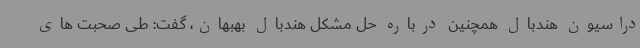
دراسیون هندبال همچنین درباره حل مشکل هندبال بهبهان، گفت: طی صحبت های